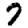
Digit: 7